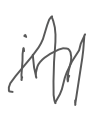
Text: in
Cross-out: zig-zag
Writing tool: digital_gray